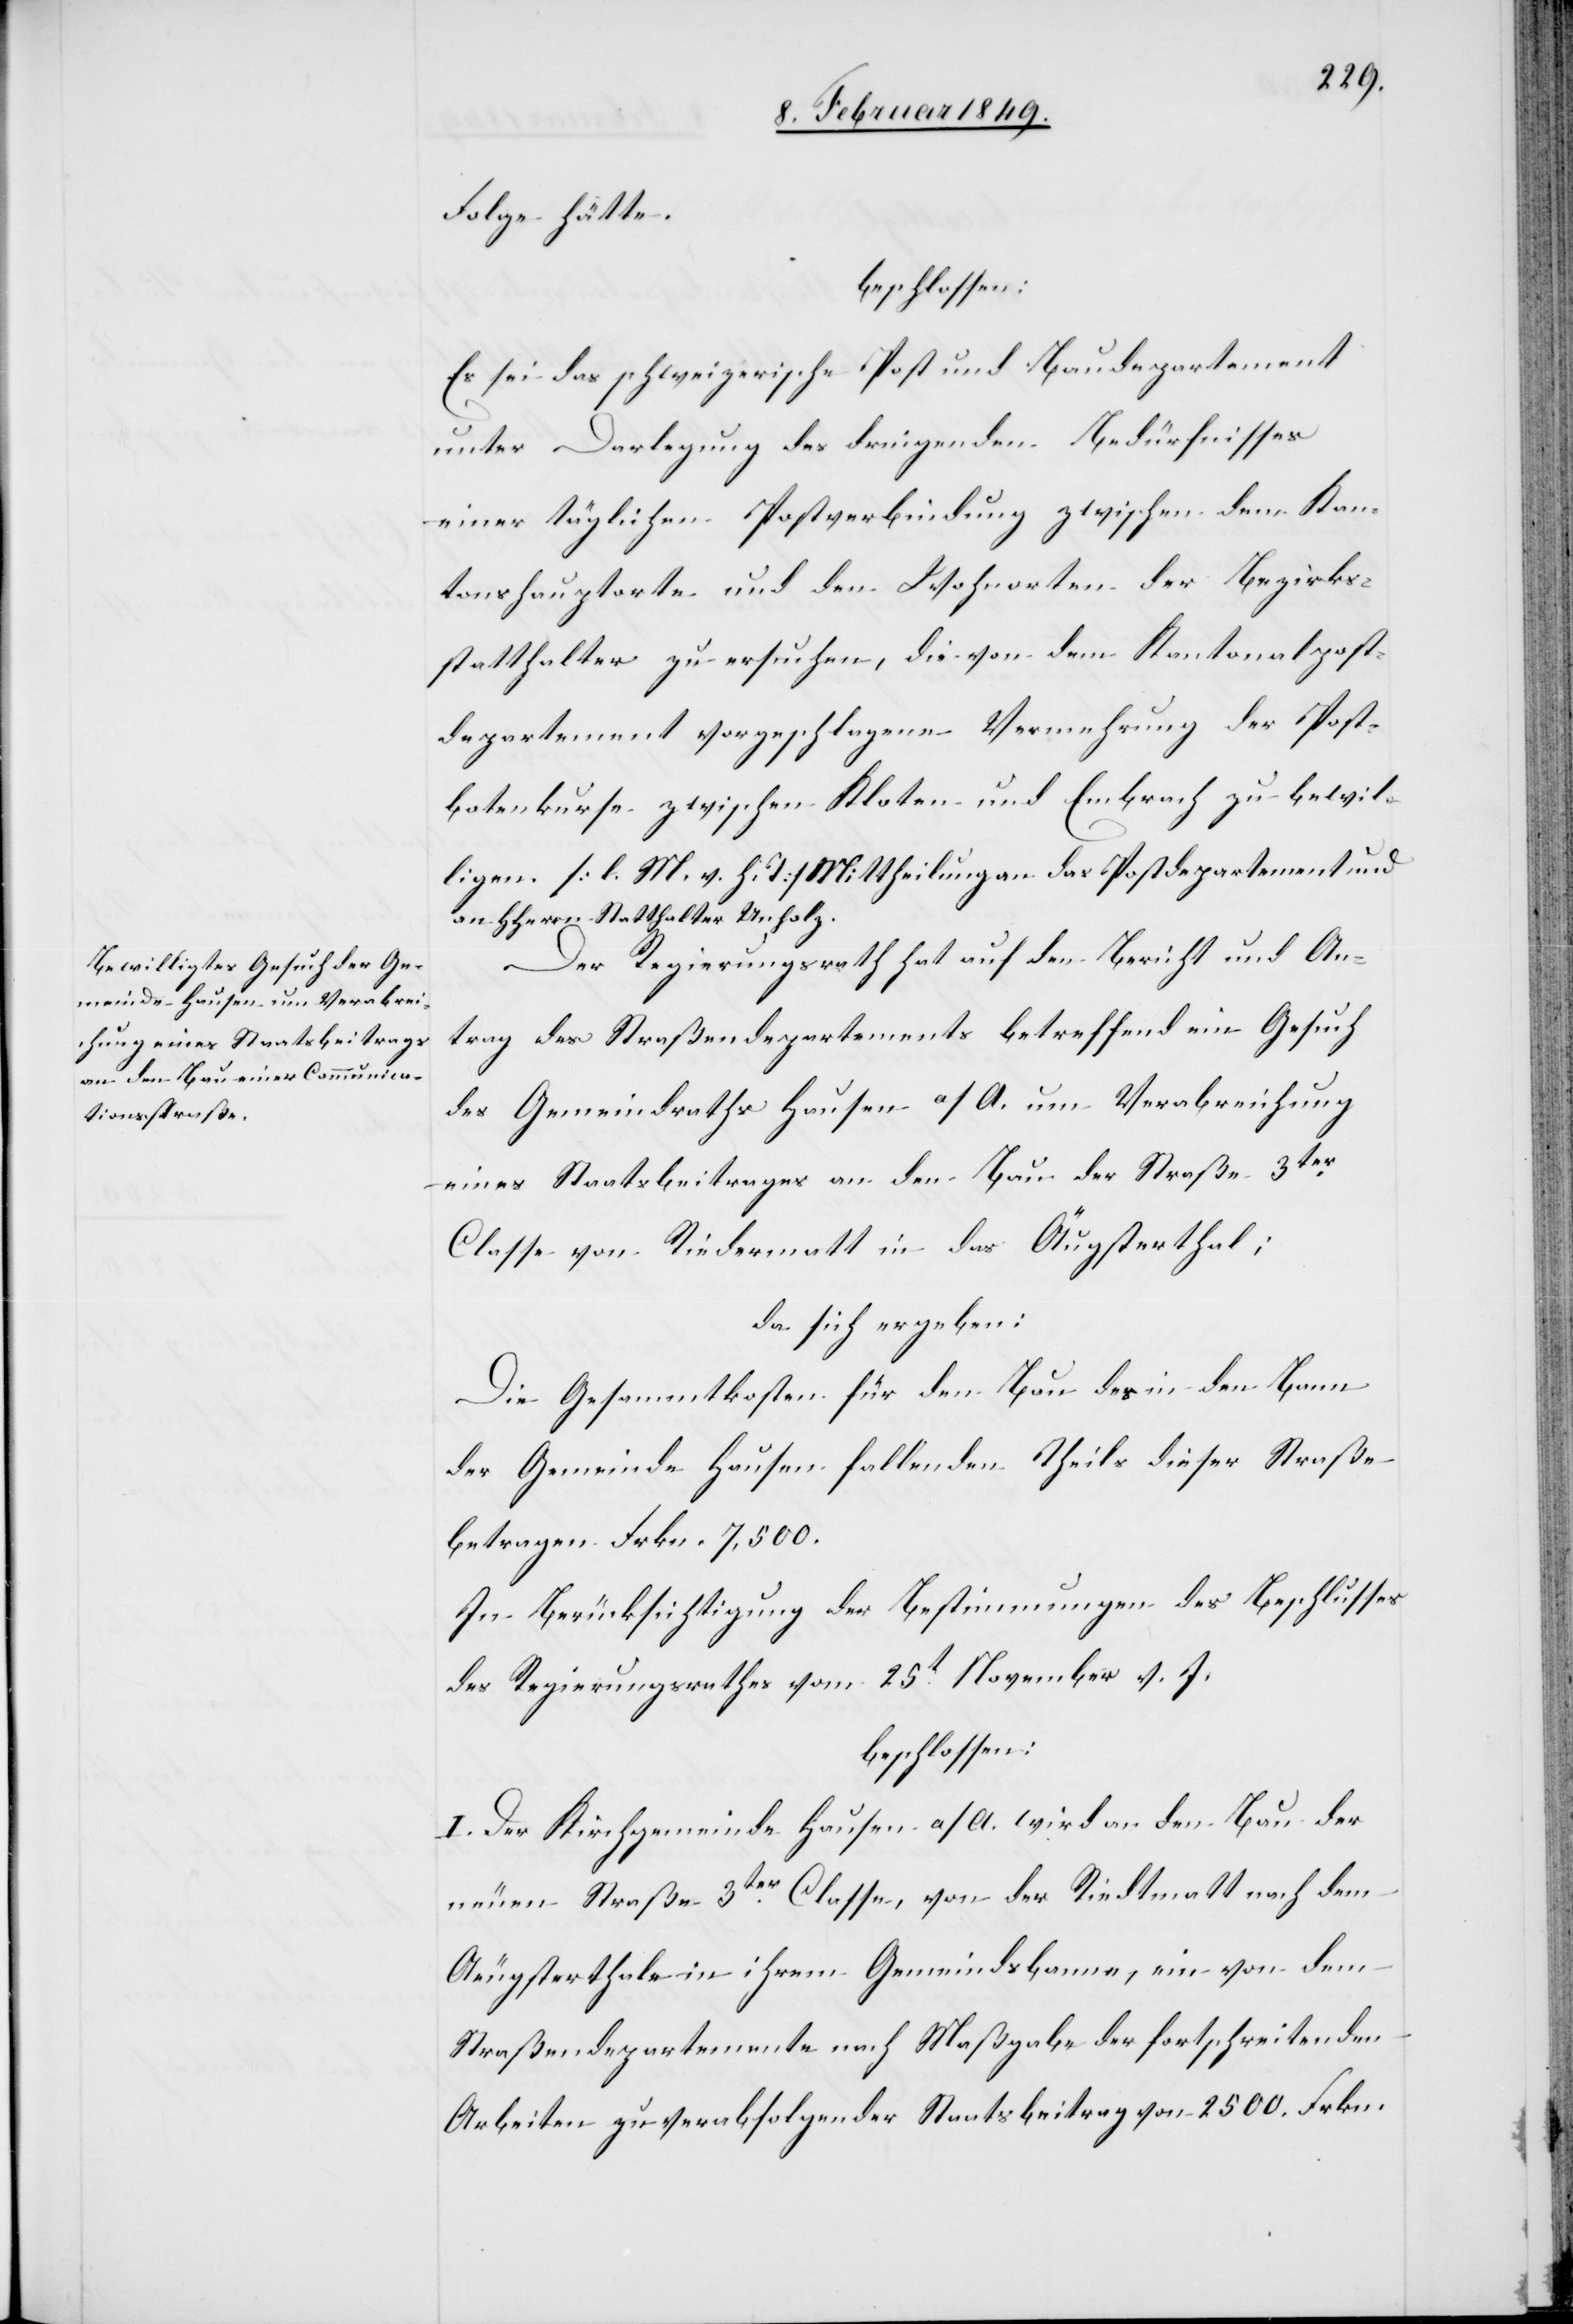
Folge hätte.
beschlossen:
Es sei das schweizerische Post und Baudepartement
unter Darlegung des dringenden Bedürfnisses
einer täglichen Postverbindung zwischen dem Kan¬
tonshauptorte und den Wohnorten der Bezirks¬
statthalter zu ersuchen, die von dem Kantonalpost¬
departement vorgeschlagene Vermehrung der Post¬
botenkurse zwischen Kloten und Embrach zu bewil¬
ligen. [l. M. v. h. T] Mittheilung an das Postdepartement und
an HHerrn Statthalter Unholz.
Der Regierungsrath hat auf den Bericht und An¬
trag des Straßendepartements betreffend ein Gesuch
des Gemeindraths Hausen a/A. um Verabreichung
eines Staatsbeitrages an den Bau der Straße 3ter.
Classe von Riedermatt in das Äugsterthal;
da sich ergeben:
Die Gesamtkosten für den Bau des in den Bann
der Gemeinde Hausen fallenden Theils dieser Straße
betragen Frkn. 7,500.
In Berücksichtigung der Bestimmungen des Beschlusses
des Regierungsrathes vom 25t. November v. J.
beschlossen:
I. Der Kirchgemeinde Hausen a/A. wird an den Bau der
neuen Straße 3ter. Classe, von der Riedtmatt [sic!] nach
Aeugsterthale in ihrem Gemeindsbanne, ein von dem
Straßendepartemente nach Maßgabe der fortschreitenden
Arbeiten zu verabfolgender Staatsbeitrag von 2500. Frkn.